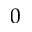
0